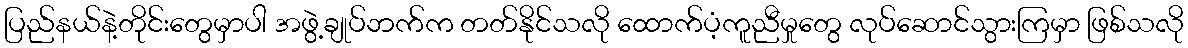
ပြည်နယ်နဲ့တိုင်းတွေမှာပါ အဖွဲ့ချုပ်ဘက်က တတ်နိုင်သလို ထောက်ပံ့ကူညီမှုတွေ လုပ်ဆောင်သွားကြမှာ ဖြစ်သလို